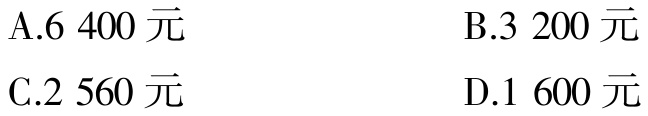
A.6 400元
B.3 200元
C.2 560元
D.1 600元